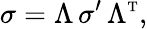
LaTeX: \sigma=\Lambda\, \sigma^{\prime}\, \Lambda^{\mathrm{\scriptscriptstyle T}},